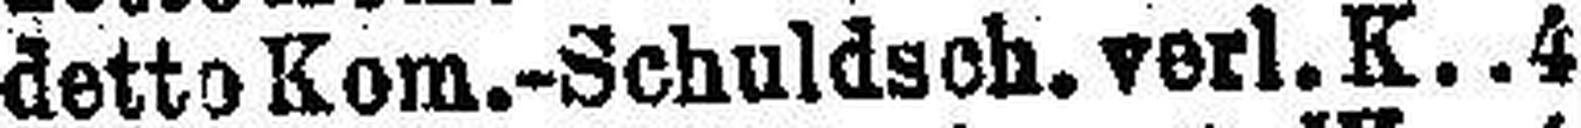
detto Kom.-Schuldsch. verl. K. 4